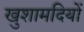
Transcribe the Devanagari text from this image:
खुशामदियों